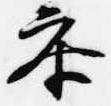
参